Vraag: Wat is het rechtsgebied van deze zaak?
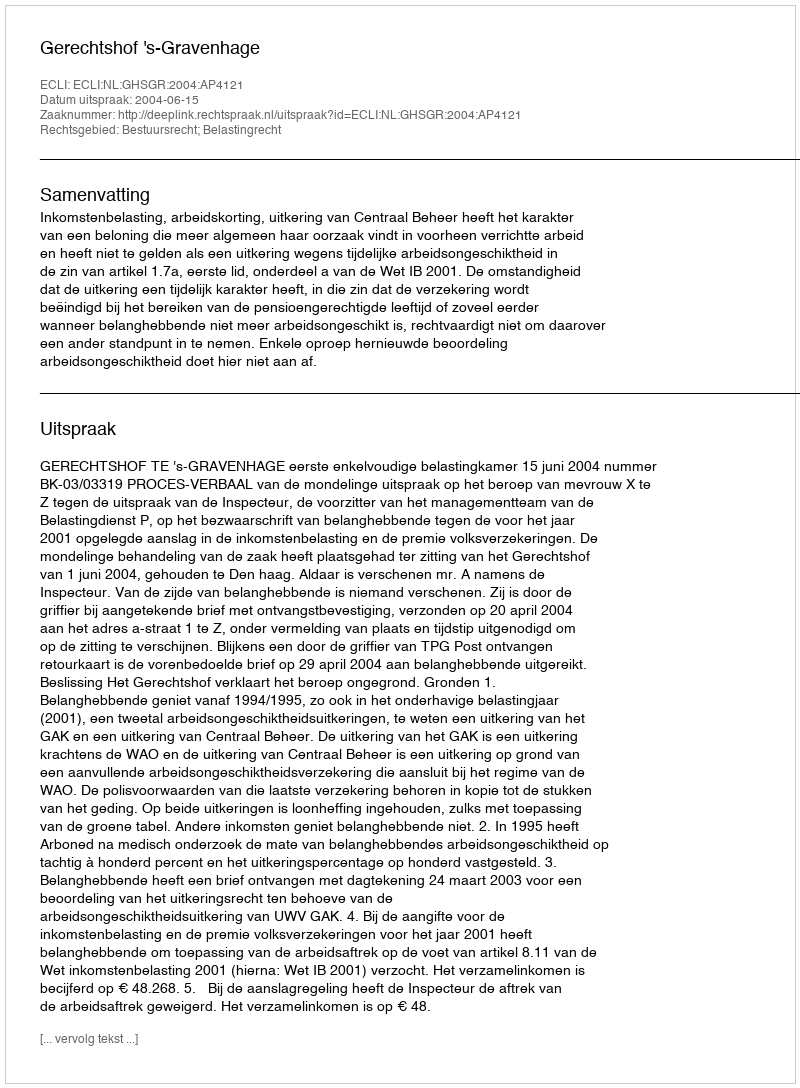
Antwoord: Bestuursrecht; Belastingrecht